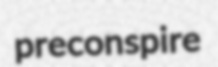
preconspire